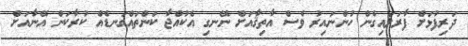
ދަރިފުޅަށް ފާރަލައިގެން ހުންނައިރު ވެސް އާތިޤާއަށް ނޭނގި އެކުއްޖާ ކަންތައްގަނޑެއް ކުރާކަން އޭނާއަށް